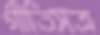
গীতিসত্র